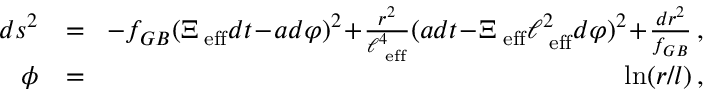
\begin{array} { r l r } { d s ^ { 2 } } & { = } & { \! - f _ { G B } ( \Xi _ { \mathrm { \tiny ~ e f f } } d t \! - \! a d \varphi ) ^ { 2 } \! + \! \frac { r ^ { 2 } } { \ell _ { \mathrm { \tiny ~ e f f } } ^ { 4 } } ( a d t \! - \! \Xi _ { \mathrm { \tiny ~ e f f } } \ell _ { \mathrm { \tiny ~ e f f } } ^ { 2 } d \varphi ) ^ { 2 } \! + \! \frac { d r ^ { 2 } } { f _ { G B } } \, , } \\ { \phi } & { = } & { \ln ( r / l ) \, , } \end{array}